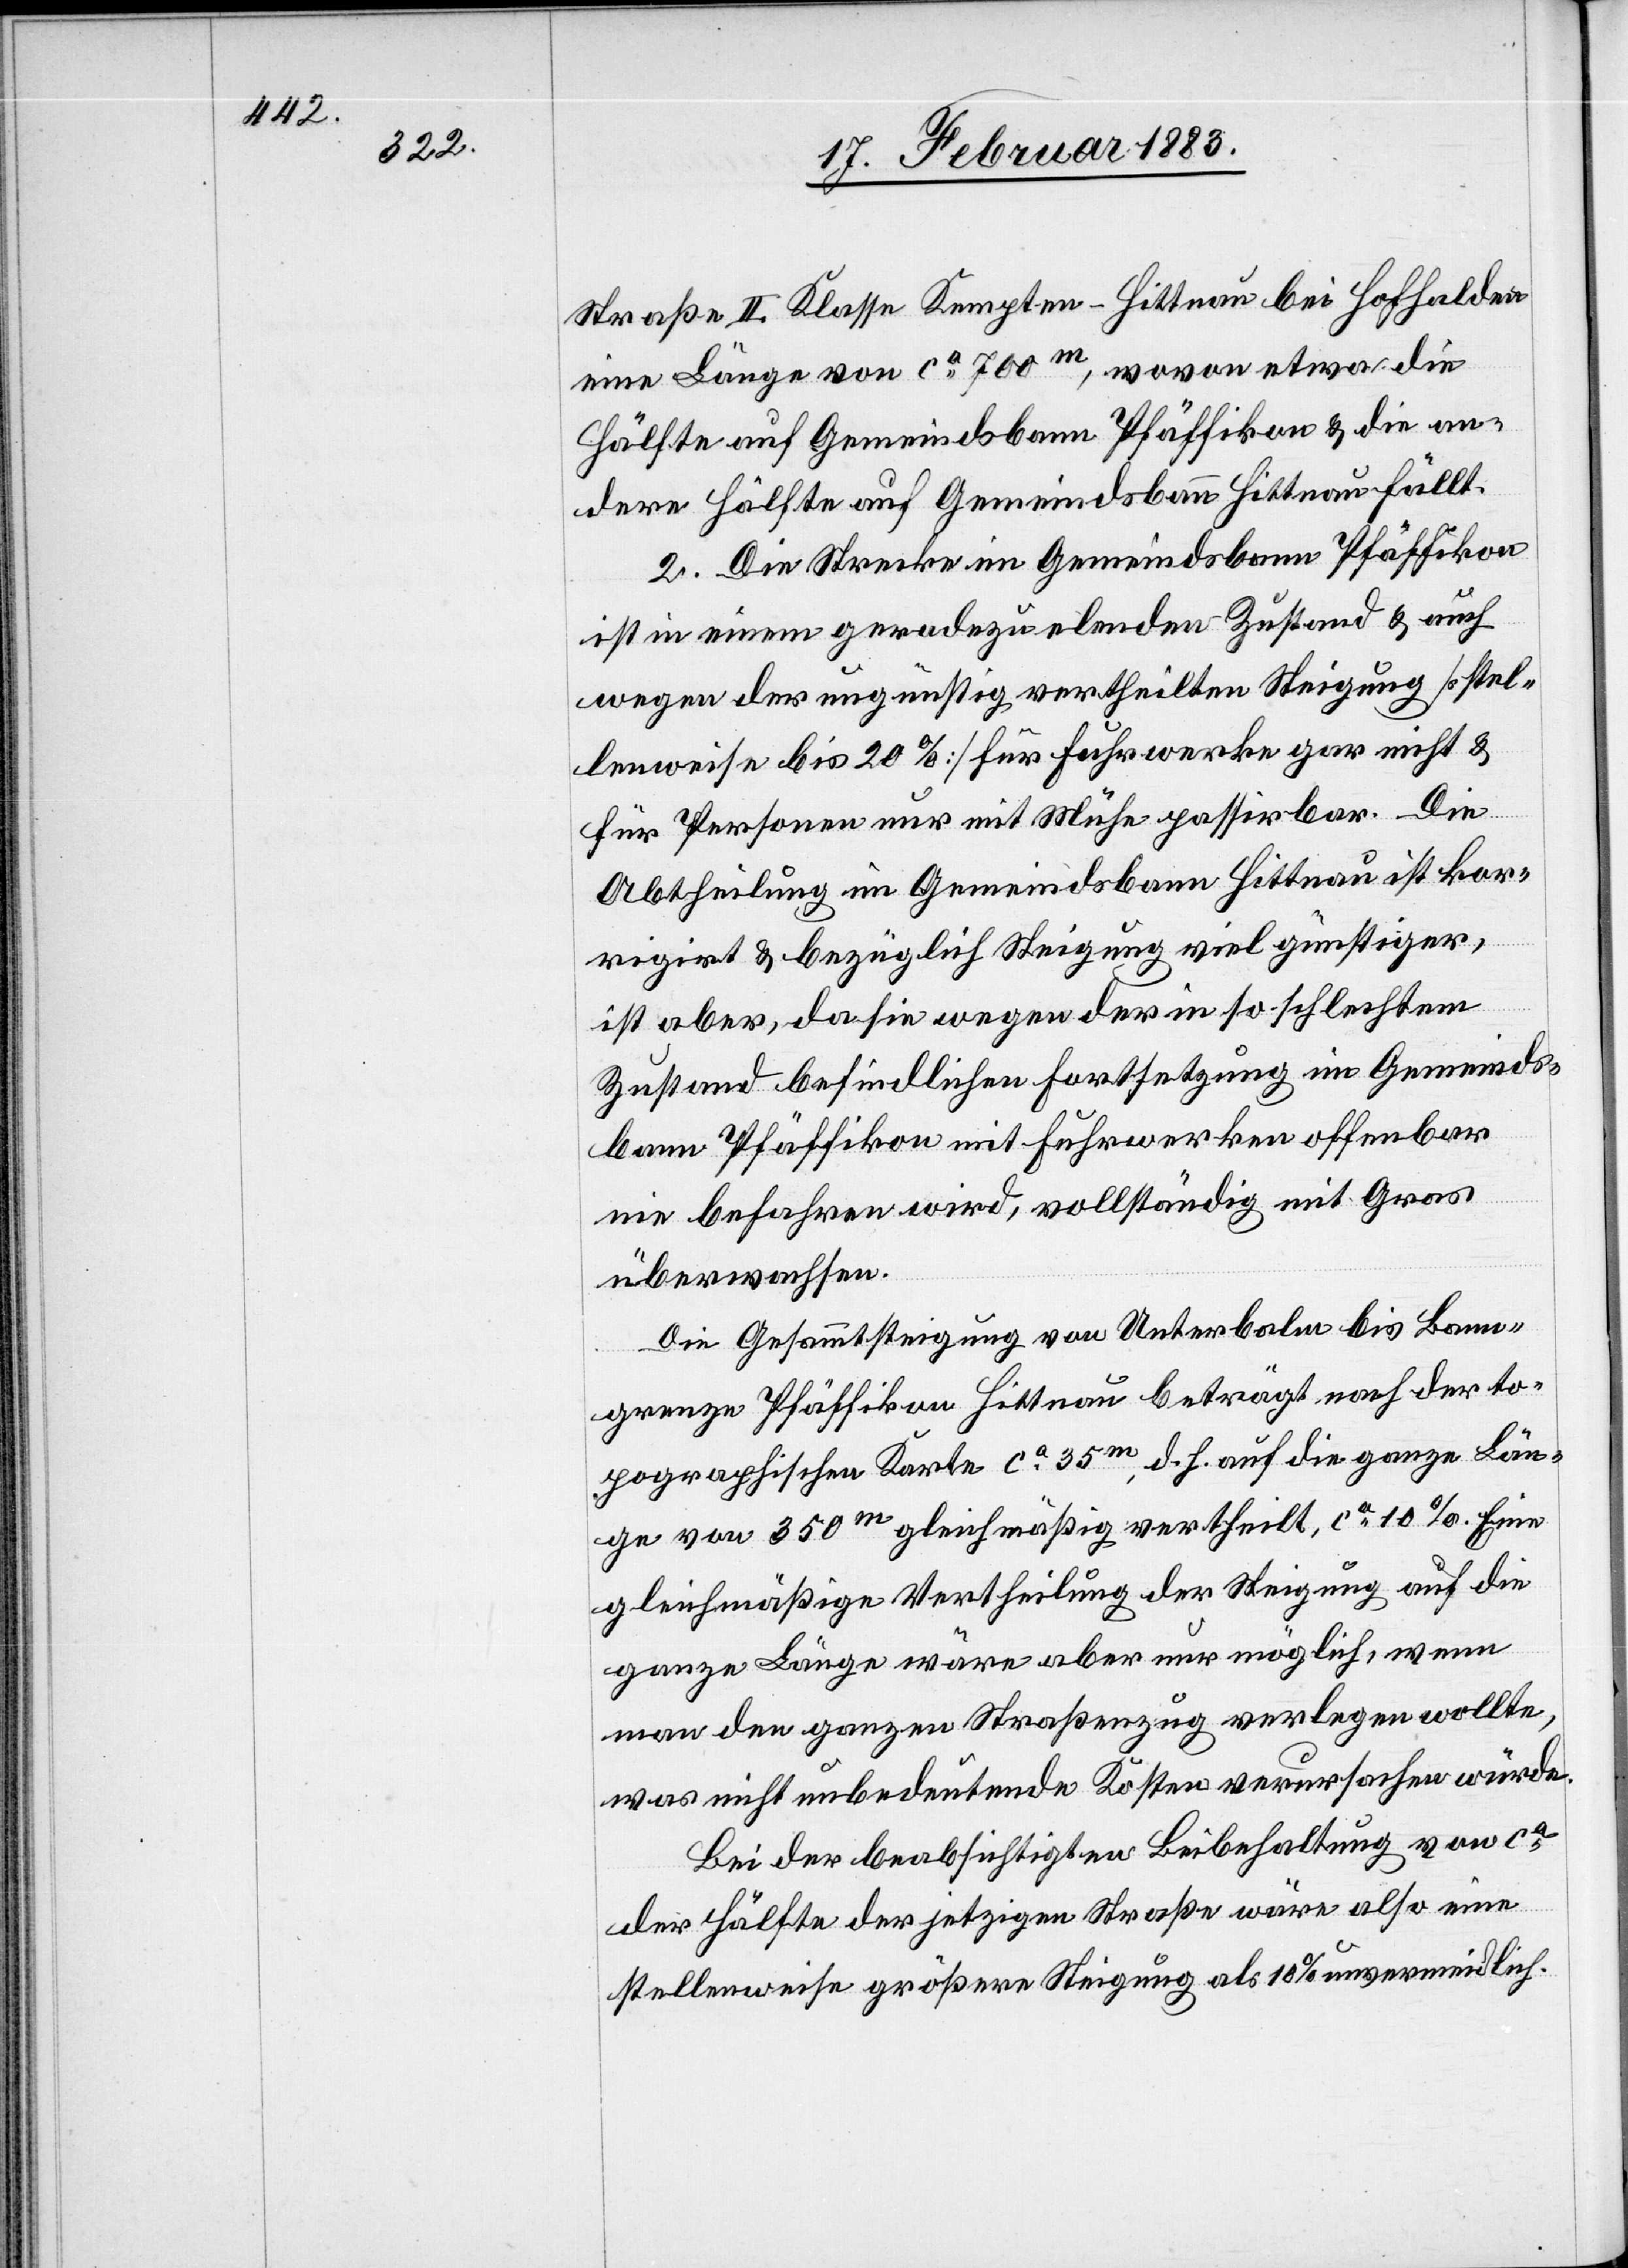
Straße II. Klasse Kempten–Hittnau bei Hofhalden
eine Länge von ca 700m,
die Hälfte auf Gemeindsbann Hittnau fällt.
2. Die Strecke im Gemeindsbann Pfäffikon
ist in einem geradezu elenden Zustand & auch
wegen der ungünstig vertheilten Steigung [stel¬
lenweise bis 20%] für Fuhrwerke gar nicht &
für Personen nur mit Mühe passirbar. Die
Abtheilung im Gemeindsbann Hittnau ist kor¬
rigirt & bezüglich Steigung viel günstiger,
auf
ist aber, da sie wegen der in so schlechtem
Zustand befindlichen Fortsetzung im Gemeinds¬
bann Pfäffikon mit Fuhrwerken offenbar
nie befahren wird, vollständig mit Gras
bewachsen.
Die Gesammtsteigung von Unterbalm bis Bann¬
grenze Pfäffikon Hittnau beträgt nach der to¬
pographischen Karte ca 10%. Eine gleichmäßige Vertheilung
die
ganze Länge wäre aber nur möglich, wenn
man den ganzen Straßenzug verlegen wollte,
was nicht unbedeutende Kosten verursachen würde.
Bei der beabsichtigten Beibehaltung von ca
der Hälfte der jetzigen Straße wäre also eine
stellenweise größere Steigung als 10% unvermeidlich.